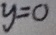
y = 0